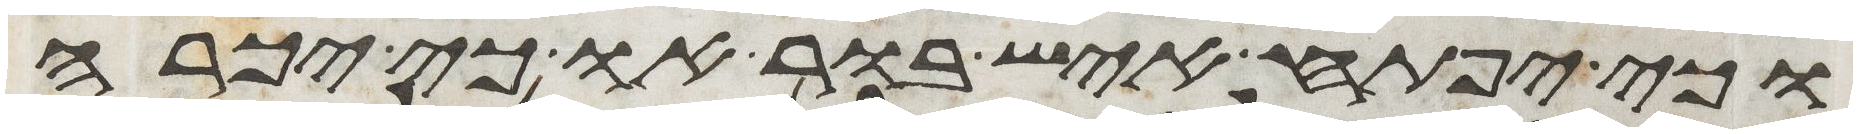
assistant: וכי יפתח איש בור או כי יכרה